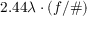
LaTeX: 2 . 4 4 \lambda \cdot ( f / \# )